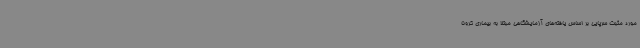
مورد مثبت سرپایی بر اساس یافته‌های آزمایشگاهی مبتلا به بیماری کرونا